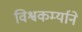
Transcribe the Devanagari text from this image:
विश्वकर्म्याने